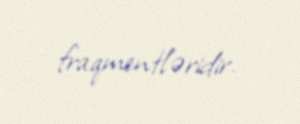
fraqmentləridir.